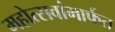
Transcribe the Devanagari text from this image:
महोत्सवांमार्फत